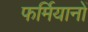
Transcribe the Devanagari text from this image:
फर्मियानों